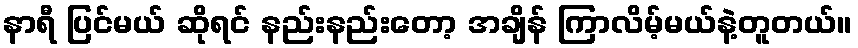
နာရီ ပြင်မယ် ဆိုရင် နည်းနည်းတော့ အချိန် ကြာလိမ့်မယ်နဲ့တူတယ်။